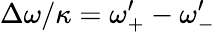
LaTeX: \Delta\omega/\kappa=\omega_{+}^{\prime}-\omega_{-}^{\prime}